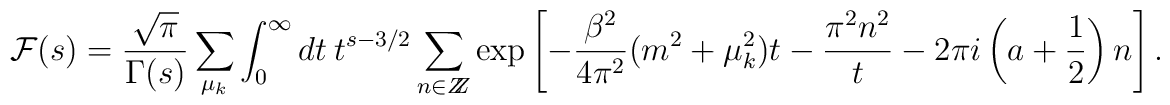
{\cal F}(s)=\frac{\sqrt{\pi}}{\Gamma(s)}\sum_{\mu_k}\int^\infty_0 dt ~t^{s-3/2}\sum_{n\in Z\!\!\!Z}\exp \left [-\frac{\beta^2}{4\pi^2} (m^2+\mu^2_k) t -\frac{\pi^2 n^2}{t}-2\pi i \left(a+\frac{1}{2}\right) n \right].